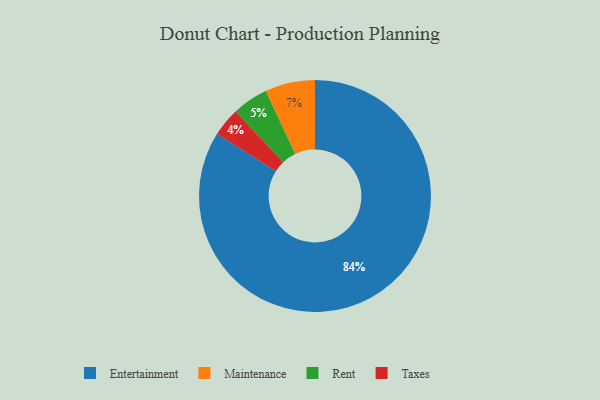
{"axis": {"x": "Category", "y": "Percentage"}, "legend": ["Entertainment", "Maintenance", "Rent", "Taxes"], "data": [{"x": "Entertainment", "y": 84, "type": "Entertainment"}, {"x": "Taxes", "y": 4, "type": "Taxes"}, {"x": "Maintenance", "y": 7, "type": "Maintenance"}, {"x": "Rent", "y": 5, "type": "Rent"}]}